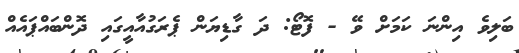
ބަލިވެ އިންނަ ކަމަށް ވޭ - ފޮޓޯ: ދަ ގާޑިޔަން ޕެރަގުއާއީގައި ދޮންބައްޕައެއް